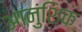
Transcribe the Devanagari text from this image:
आनुंशिक